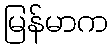
မြန်မာက